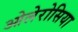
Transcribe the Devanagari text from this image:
ओलेरोसिया